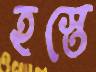
হস্তে